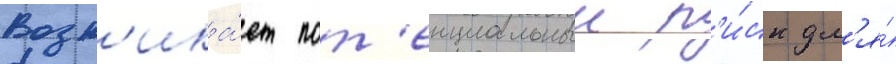
Возн'ика́ет пот'енциальныи р'и́ск дл'я́